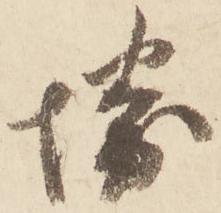
堺